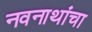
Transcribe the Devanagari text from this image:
नवनाथांचा